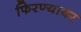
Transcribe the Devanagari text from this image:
फिरण्यावर